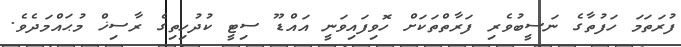
ފުރަތަމަ ހަފުތާގެ ނަސީބުވެރި ފަރާތްތަކަށް ހޮވިފައިވަނީ އައްޑޫ ސިޓީ ކުދުހިތިގެ ރާސިޚް މުޙައްމަދެވެ.